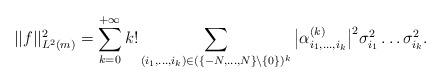
LaTeX: \begin{align*}\vert\vert f\vert\vert_{L^2(m)}^2=\sum_{k=0}^{+\infty}k!\sum_{(i_1,\dots, i_k)\in (\{-N,\dots, N\}\setminus\{0\})^k}\big\vert\alpha_{i_1,\dots ,i_k}^{(k)}\big\vert^2\sigma_{i_1}^2\dots \sigma_{i_k}^2.\end{align*}